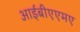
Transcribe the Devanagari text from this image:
आईबीएएमए